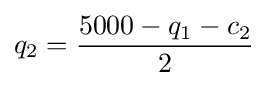
q_{2}={\frac {5000-q_{1}-c_{2}}{2}}